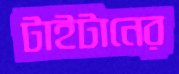
টাইটানের